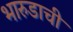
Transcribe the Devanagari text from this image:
भारुडाची